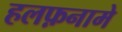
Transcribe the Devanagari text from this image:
हलफ़नामे